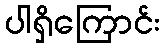
ပါရှိကြောင်း